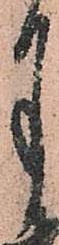
月